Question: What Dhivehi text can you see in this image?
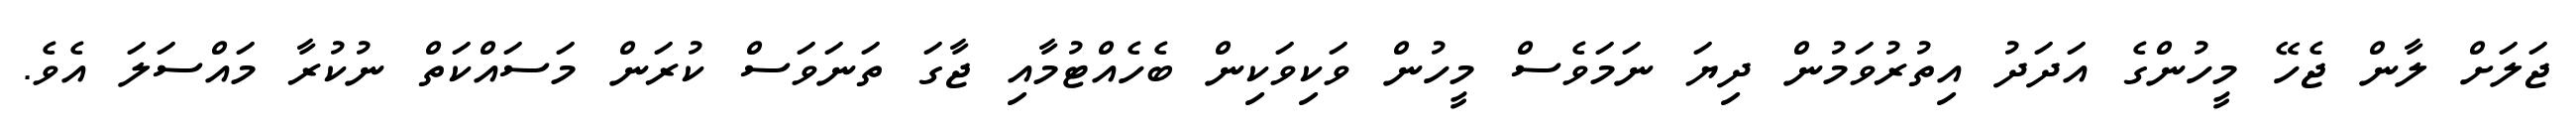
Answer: ޖަލަށް ލާން ޖެހޭ މީހުންގެ އަދަދު އިތުރުވަމުން ދިޔަ ނަމަވެސް މީހުން ވަކިވަކިން ބެހެއްޓުމާއި ޖާގަ ތަނަވަސް ކުރަން މަސައްކަތް ނުކުރާ މައްސަލަ އެވެ.